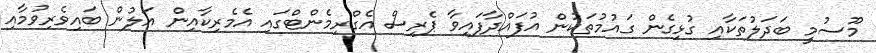
މޫސުމީ ބަދަލުތަކާއި ގުޅިގެން ގައުމުތަކުން އުފައްދާފައިވާ ޕެރިސް އެގްރިމެންޓްގައި އެމެރިކާއިން އަލުން ބައިވެރިވުމާއި